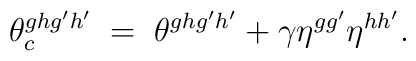
\theta^{ghg'h'}_{c} \; = \;\theta^{ghg'h'} + \gamma \eta^{gg'} \eta^{hh'}.